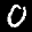
Label: 0